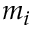
m _ { i }